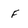
Character: F